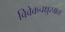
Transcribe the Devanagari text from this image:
विवेकचक्षुरग्रतः